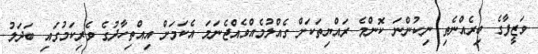
ވަޒީފާގެ ބިރެއްނެތި ނިކުންނަ ކޮންމެ ރައްޔިތަކަށް ގެއްލުމެއްވެއްޖެނަމަ އެކަމަށް އިއްތިހާދުގެ ވެރިކަމުގައި ބަދަލު